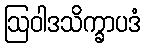
ဩဝါဒသိက္ခာပဒံ